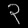
Digit: ၃